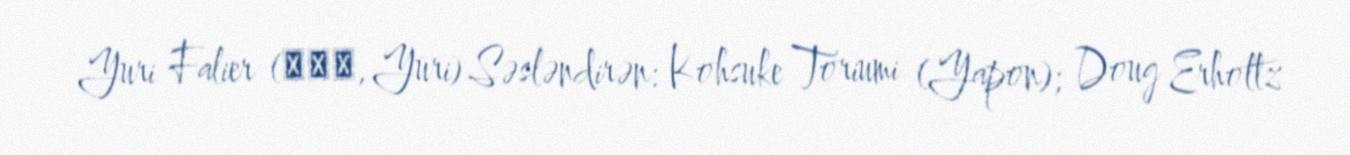
Yuri Falier (ユーリ, Yūri) Səsləndirən: Kohsuke Toriumi (Yapon); Doug Erholtz